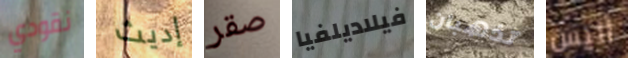
نقودي إديث صقر فيلاديلفيا تذهبان أليس